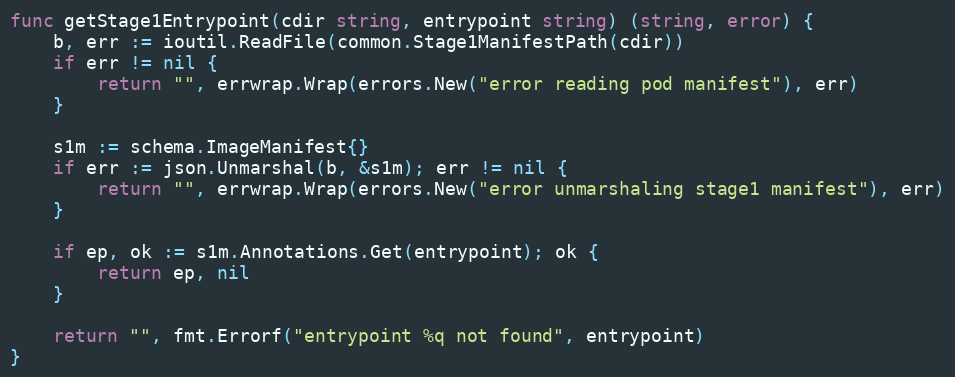
Language: Go
func getStage1Entrypoint(cdir string, entrypoint string) (string, error) {
	b, err := ioutil.ReadFile(common.Stage1ManifestPath(cdir))
	if err != nil {
		return "", errwrap.Wrap(errors.New("error reading pod manifest"), err)
	}

	s1m := schema.ImageManifest{}
	if err := json.Unmarshal(b, &s1m); err != nil {
		return "", errwrap.Wrap(errors.New("error unmarshaling stage1 manifest"), err)
	}

	if ep, ok := s1m.Annotations.Get(entrypoint); ok {
		return ep, nil
	}

	return "", fmt.Errorf("entrypoint %q not found", entrypoint)
}